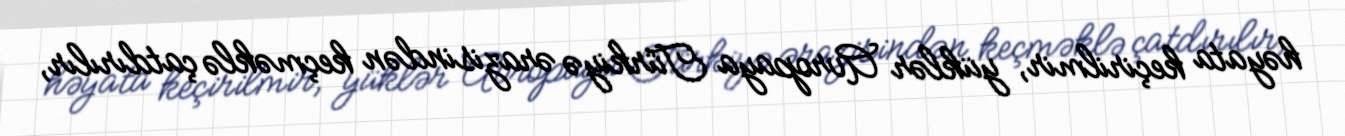
həyata keçirilmir, yüklər Avropaya Türkiyə ərazisindən keçməklə çatdırılır,